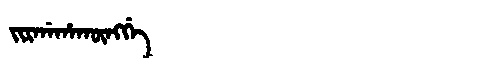
Manchu: ᠵᡳᡵᡤᠠᡥᠠᡴᡡᠩᡤᡝ
Romanization: JIRGAHAKŪNGGE